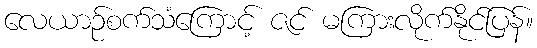
လေယာဉ်စက်သံကြောင့် ဇင် မကြားလိုက်နိုင်ပြန်။